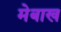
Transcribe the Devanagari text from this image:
मेबाख